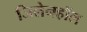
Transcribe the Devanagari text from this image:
जिलेनहॉल